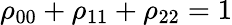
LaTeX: \rho_{00}+\rho_{11}+\rho_{22}=1